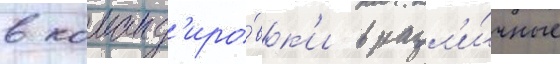
в команд'иро́вк'и в разл'и́чные